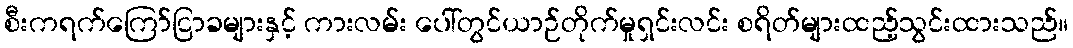
စီးကရက်ကြော်ငြာခများနှင့် ကားလမ်း ပေါ်တွင်ယာဉ်တိုက်မှုရှင်းလင်း စရိတ်များထည့်သွင်းထားသည်။